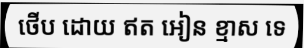
ថើប ដោយ ឥត អៀន ខ្មាស ទេ